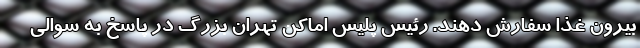
بیرون غذا سفارش دهند. رئیس پلیس اماکن تهران بزرگ در پاسخ به سوالی